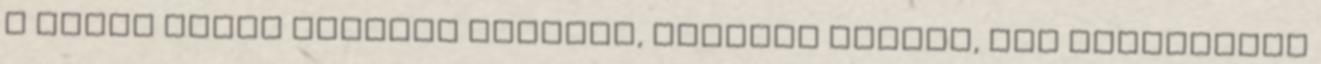
a Dacia kínál divatos külsejű, családi méretű, jól felszerelt